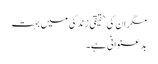
مگر ان کی حقیقی زندگی میں بہت
بد عنوانی ہے۔